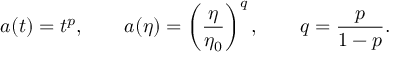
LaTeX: a ( t ) = t ^ { p } , \qquad a ( \eta ) = \left( \frac { \eta } { \eta _ { 0 } } \right) ^ { q } , \qquad q = \frac { p } { 1 - p } .